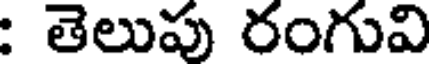
తెలుపు రంగువి